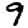
Digit: 9